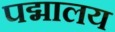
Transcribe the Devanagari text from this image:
पद्मालय